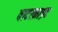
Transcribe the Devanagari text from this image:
वाटरक्राफ़्ट